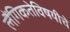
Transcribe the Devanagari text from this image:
लैंगिकतेविषयीचे